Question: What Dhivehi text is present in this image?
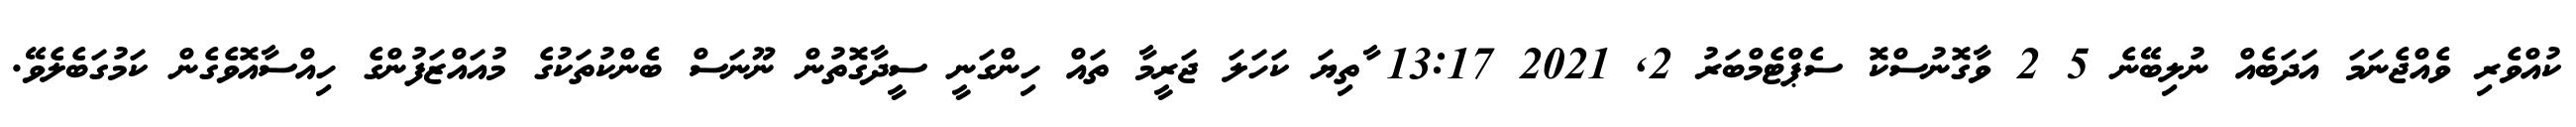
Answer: ކުއްވެރި ވެއްޖެނަމަ އަދަބެއް ނުލިބޭނެ 5 2 ވާގޮނުސްކޮ ސެޕްޓެމްބަރު 2, 2021 13:17 ާތިޔަ ކަހަލަ ޖަރީމާ ތައް ހިންގަނީ ސީދާގޮތުން ނޫނަސް ބެންކުތަކުގެ މުއައްޒަފުންގެ ހިއްސާއޮވެގެން ކަމުގަބެލެވޭ.